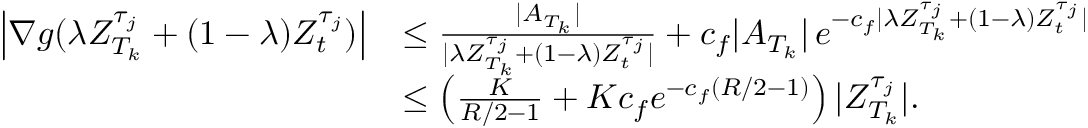
\begin{array} { r l } { \left| \nabla g ( \lambda Z _ { T _ { k } } ^ { \tau _ { j } } + ( 1 - \lambda ) Z _ { t } ^ { \tau _ { j } } ) \right| } & { \leq \frac { | A _ { T _ { k } } | } { | \lambda Z _ { T _ { k } } ^ { \tau _ { j } } + ( 1 - \lambda ) Z _ { t } ^ { \tau _ { j } } | } + c _ { f } | A _ { T _ { k } } | \, e ^ { - c _ { f } | \lambda Z _ { T _ { k } } ^ { \tau _ { j } } + ( 1 - \lambda ) Z _ { t } ^ { \tau _ { j } } | } } \\ & { \leq \left( \frac { K } { R / 2 - 1 } + K c _ { f } e ^ { - c _ { f } ( R / 2 - 1 ) } \right) | Z _ { T _ { k } } ^ { \tau _ { j } } | . } \end{array}